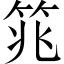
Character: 筄